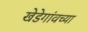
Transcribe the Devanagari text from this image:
खेडेगांवच्या